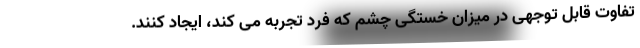
تفاوت قابل توجهی در میزان خستگی چشم که فرد تجربه می کند، ایجاد کنند.